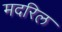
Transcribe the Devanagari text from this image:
मदरिल